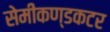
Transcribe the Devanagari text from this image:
सेमीकण्डकटर